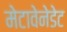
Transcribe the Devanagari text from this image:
मेटावेनेडेट